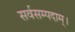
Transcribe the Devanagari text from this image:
सर्वसम्पदाम्‌।